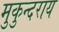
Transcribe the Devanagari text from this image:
मुकुन्दराय